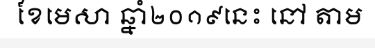
ខែមេសា ឆ្នាំ២០១៩នេះ នៅ តាម